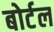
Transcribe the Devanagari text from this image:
बोर्टल